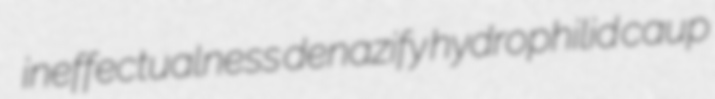
ineffectualness denazify hydrophilid caup